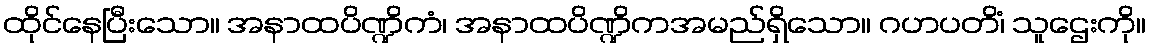
ထိုင်နေပြီးသော။ အနာထပိဏ္ဍိကံ၊ အနာထပိဏ္ဍိကအမည်ရှိသော။ ဂဟပတိံ၊ သူဌေးကို။